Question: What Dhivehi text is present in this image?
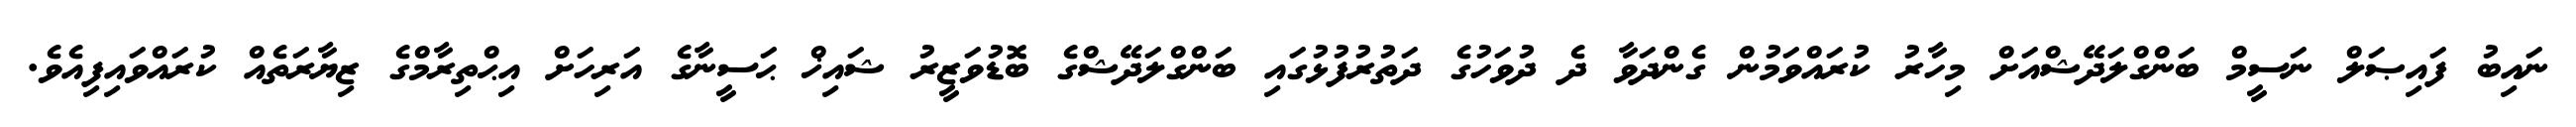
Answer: ނައިބު ފައިޞަލް ނަސީމް ބަންގްލަދޭޝްއަށް މިހާރު ކުރައްވަމުން ގެންދަވާ ދެ ދުވަހުގެ ދަތުރުފުޅުގައި ބަންގްލަދޭޝްގެ ބޮޑުވަޒީރު ޝައިޚް ޙަސީނާގެ އަރިހަށް އިޙްތިރާމްގެ ޒިޔާރަތެއް ކުރައްވައިފިއެވެ.